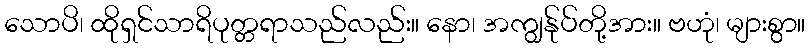
သောပိ၊ ထိုရှင်သာရိပုတ္တရာသည်လည်း။ နော၊ အကျွန်ုပ်တို့အား။ ဗဟုံ၊ များစွာ။